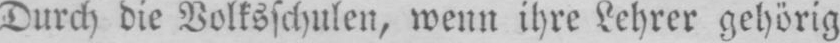
Durch die Volksschulen, wenn ihre Lehrer gehörig